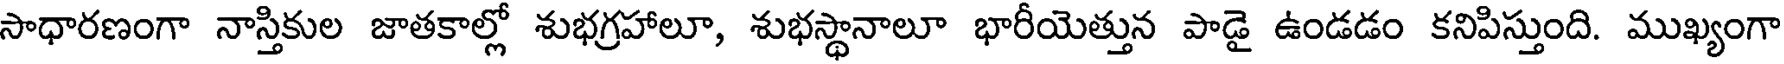
సాధారణంగా నాస్తికుల జాతకాల్లో శుభగ్రహాలూ, శుభస్థానాలూ భారీయెత్తున పాడై ఉండడం కనిపిస్తుంది. ముఖ్యంగా